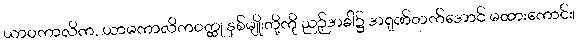
ယာဝကာလိက, ယာမကာလိကဝတ္ထု နှစ်မျိုးတို့ကို ညဉ့်အခါ၌ အရုဏ်တက်အောင် မထားကောင်း၊